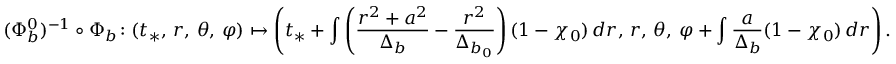
( \Phi _ { b } ^ { 0 } ) ^ { - 1 } \circ \Phi _ { b } \colon ( t _ { * } , \, r , \, \theta , \, \varphi ) \mapsto \left( t _ { * } + \int \left( \frac { r ^ { 2 } + a ^ { 2 } } { \Delta _ { b } } - \frac { r ^ { 2 } } { \Delta _ { b _ { 0 } } } \right) ( 1 - \chi _ { 0 } ) \, d r , \, r , \, \theta , \, \varphi + \int \frac { a } { \Delta _ { b } } ( 1 - \chi _ { 0 } ) \, d r \right) .